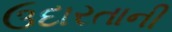
ઉદારતાની